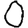
Digit: 0